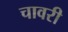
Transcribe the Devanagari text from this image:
चावरी